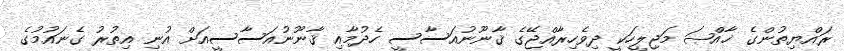
ރައްޔިތުންގެ ޚާއްޞަ މަޖިލީހަކީ ދިވެހިރާއްޖޭގެ ޤާނޫނުއަސާސީ ހެދުމާއި ޤާނޫނުއަސާސީއަށް އުނި އިތުރު ގެނައުމުގެ